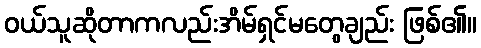
ဝယ်သူဆိုတာကလည်းအိမ်ရှင်မတွေချည်း ဖြစ်၏။